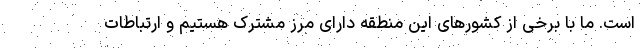
است. ما با برخی از کشورهای این منطقه دارای مرز مشترک هستیم و ارتباطات